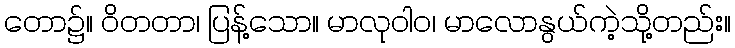
တော၌။ ဝိတတာ၊ ပြန့်သော။ မာလုဝါဝ၊ မာလောနွယ်ကဲ့သို့တည်း။